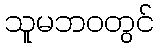
သူမဘဝတွင်